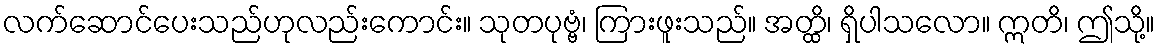
လက်ဆောင်ပေးသည်ဟုလည်းကောင်း။ သုတပုဗ္ဗံ၊ ကြားဖူးသည်။ အတ္ထိ၊ ရှိပါသလော။ ဣတိ၊ ဤသို့။